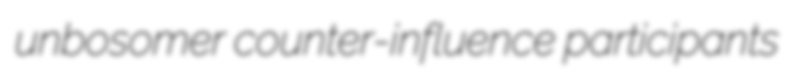
unbosomer counter-influence participants